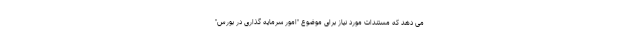
می دهد که مستندات مورد نیاز برای موضوع "امور سرمایه گذاری در بورس"